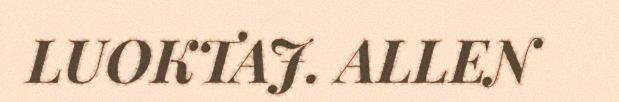
LUOKTAJ. ALLEN